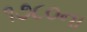
૧૭૮૦ના